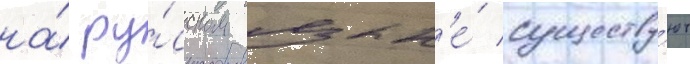
на́ ру́сском язык'е́ существу́ют